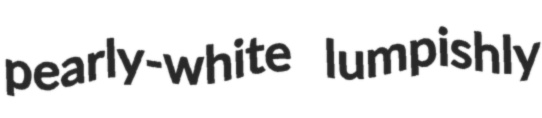
pearly-white lumpishly